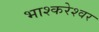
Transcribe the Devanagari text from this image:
भाश्करेश्वर